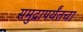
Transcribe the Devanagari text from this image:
समुद्रापर्यंतचा